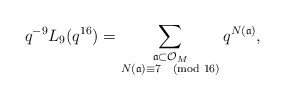
\begin{align*} q^{-9} L_{9}(q^{16}) = \sum_{\substack{\frak{a} \subset \mathcal{O}_{M} \\ N(\frak{a}) \equiv 7 \pmod{16}}} q^{N(\frak{a})},\end{align*}